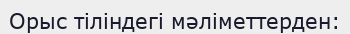
Орыс тіліндегі мәліметтерден: